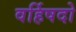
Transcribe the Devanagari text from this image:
वर्हिषदो